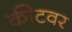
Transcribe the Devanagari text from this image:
कीटवर